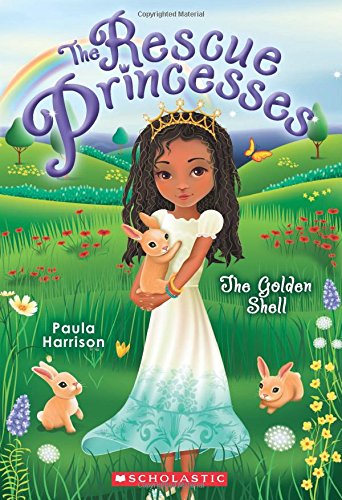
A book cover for Rescue Princesses #12: The Golden Shell; Paula Harrison; Children's Books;